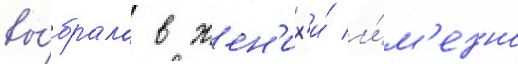
вы́брала в жен'их'и́ и́м'енно